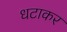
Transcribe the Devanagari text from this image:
धटाकर